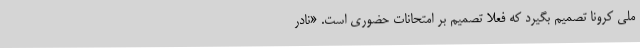
ملی کرونا تصمیم بگیرد که فعلا تصمیم بر امتحانات حضوری است. «نادر